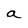
Character: a